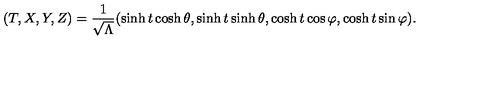
( T , X , Y , Z ) = \frac { 1 } { \sqrt { \Lambda } } ( \sinh t \cosh \theta , \sinh t \sinh \theta , \cosh t \cos \varphi , \cosh t \sin \varphi ) .